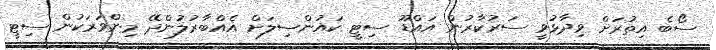
ސޯބެ އިތުރަށް ވިދާޅުވީ ސަރުކާރުން އައްޑޫ ސިޓީ ކައުންސިލަށް އެއްބާރުލުންދޭ މިންވަރަކުން ސިޓީ